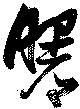
曙